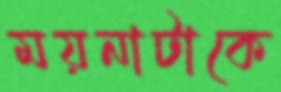
ময়নাটাকে